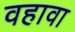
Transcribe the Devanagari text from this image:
वहावा